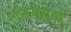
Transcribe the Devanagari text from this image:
निमगुळ